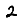
Digit: 2